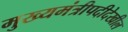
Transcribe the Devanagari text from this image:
मुख्यमंत्रीपदीदेखील